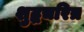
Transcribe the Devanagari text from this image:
शुद्धचरित्र